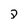
Character: 2